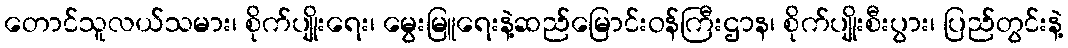
တောင်သူလယ်သမား၊ စိုက်ပျိုးရေး၊ မွေးမြူရေးနဲ့ဆည်မြောင်းဝန်ကြီးဌာန၊ စိုက်ပျိုးစီးပွား၊ ပြည်တွင်းနဲ့